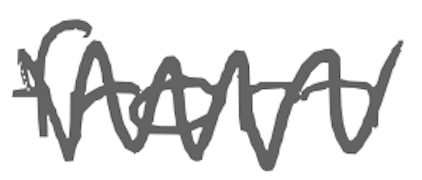
Text: from
Cross-out: zig-zag
Writing tool: digital_gray